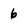
Character: 6